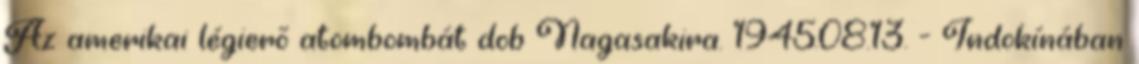
Az amerikai légierõ atombombát dob Nagasakira. 1945.08.13. - Indokínában